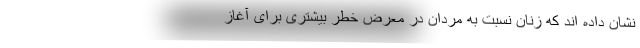
نشان داده اند که زنان نسبت به مردان در معرض خطر بیشتری برای آغاز